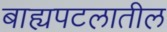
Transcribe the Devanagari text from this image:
बाह्यपटलातील